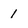
Character: 1